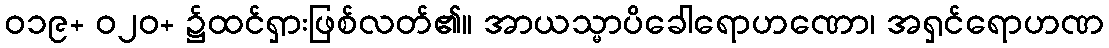
ဝ၁၉+ ဝ၂၀+ ၌ထင်ရှားဖြစ်လတ်၏။ အာယသ္မာပိခေါရောဟဏော၊ အရှင်ရောဟဏ